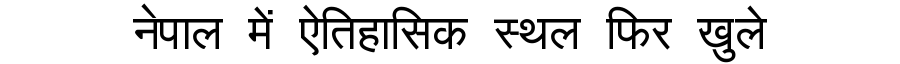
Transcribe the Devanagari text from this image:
नेपाल में ऐतिहासिक स्थल फिर खुले